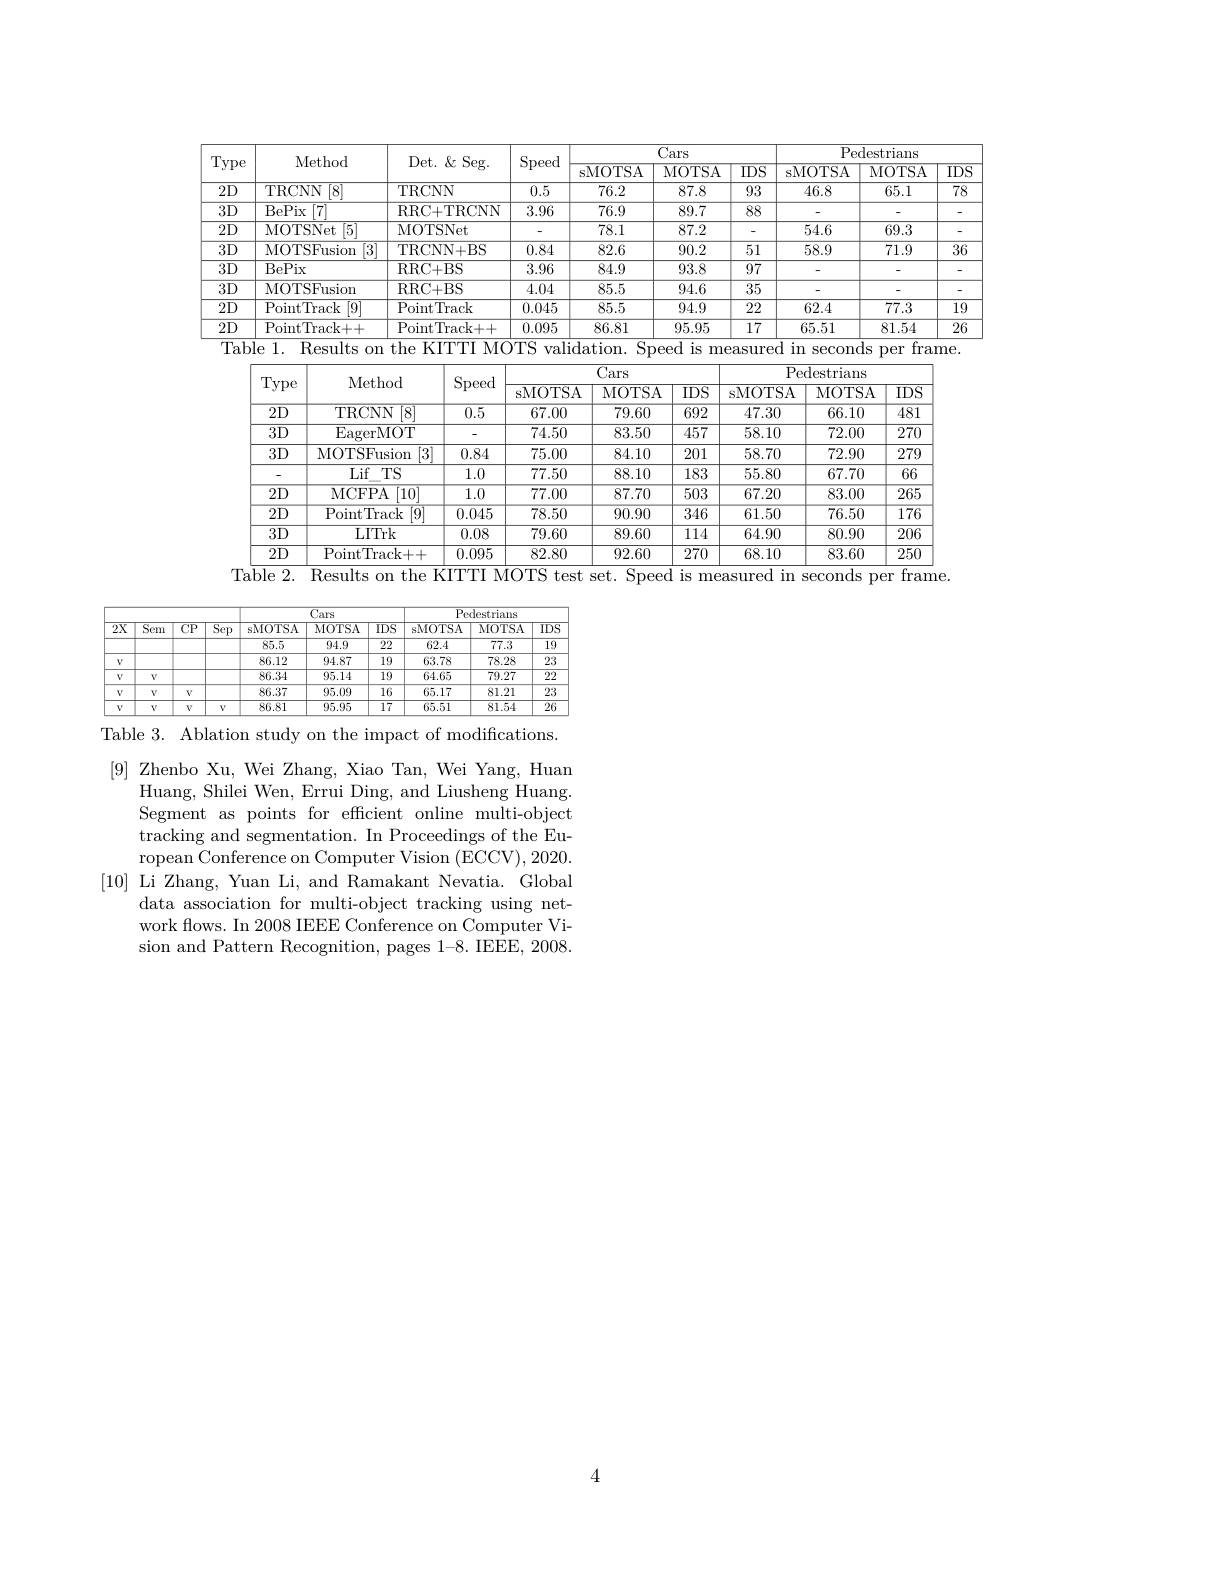
<table>
	<tbody>
		<tr>
			<th rowspan="2">Type</th>
			<th rowspan="2">Method</th>
			<th rowspan="2">Det. $\&$ Seg. </th>
			<th rowspan="2">$\operatorname{Speed}$</th>
			<th colspan="2">$\overline{\text{Cars}}$</th>
			<th> </th>
			<th colspan="3">Pedestrians</th>
		</tr>
		<tr>
			<th>sMOTSA</th>
			<th>MOTSA</th>
			<th>$\overline{IDS}$</th>
			<th>sMOTSA</th>
			<th>MOTSA</th>
			<th>$\overline{\Pi}$ 1</th>
		</tr>
		<tr>
			<td>$2D$</td>
			<td>$\Gamma$RCNN $\left\lceil8\right\rceil$</td>
			<td>$\{$CNN</td>
			<td>0.5</td>
			<td>76.2</td>
			<td>87.8</td>
			<td>93</td>
			<td>46.8</td>
			<td>65.1</td>
			<td> </td>
		</tr>
		<tr>
			<td>$3D$</td>
			<td>3ePix $\left\lceil7\right\rceil$</td>
			<td>RC+ TRCNN</td>
			<td>3.96</td>
			<td>76.9</td>
			<td>89.7</td>
			<td>88</td>
			<td> </td>
			<td> </td>
			<td> </td>
		</tr>
		<tr>
			<td>$2D$</td>
			<td>MOTSNet [5]</td>
			<td>OTSNet</td>
			<td> </td>
			<td>78.1</td>
			<td>87.2</td>
			<td> </td>
			<td>54.6</td>
			<td>69.3</td>
			<td> </td>
		</tr>
		<tr>
			<td>$3D$</td>
			<td>MOTSFusion $\overline{\left|3\right|}$</td>
			<td>RCNN+ BS</td>
			<td>0.84</td>
			<td>82.6</td>
			<td>90.2</td>
			<td>51</td>
			<td>58.9</td>
			<td>71.9</td>
			<td>r</td>
		</tr>
		<tr>
			<td>$3D$</td>
			<td>3ePix</td>
			<td>RC+ BS</td>
			<td>3.96</td>
			<td>84.9</td>
			<td>93.8</td>
			<td>97</td>
			<td> </td>
			<td> </td>
			<td> </td>
		</tr>
		<tr>
			<td>$3D$</td>
			<td>MOTSFusiom</td>
			<td>RC+ BS</td>
			<td>4.04</td>
			<td>85.5</td>
			<td>94.6</td>
			<td>35</td>
			<td> </td>
			<td> </td>
			<td> </td>
		</tr>
		<tr>
			<td>$2D$</td>
			<td>ointTrack</td>
			<td>intTrack</td>
			<td>0.045</td>
			<td>85.5</td>
			<td>94.9</td>
			<td>22</td>
			<td>62.4</td>
			<td>77.3</td>
			<td> </td>
		</tr>
		<tr>
			<td>$2D$</td>
			<td>ointTrack+ + </td>
			<td>$\operatorname{int}$Track++</td>
			<td>0.095</td>
			<td>86.81</td>
			<td>95.95</td>
			<td>17</td>
			<td>65.51</td>
			<td>81.54</td>
			<td> </td>
		</tr>
		<tr>
			<td>Tabl</td>
			<td>Results on 1.</td>
			<td>KITTI $M($ 11</td>
			<td>)TS valid</td>
			<td>lation. Sp</td>
			<td>ed is me</td>
			<td>$\operatorname{easured}$</td>
			<td>in $\operatorname{secon}$</td>
			<td>fra: per Y</td>
			<td>me</td>
		</tr>
		<tr>
			<td> </td>
			<td> </td>
			<td rowspan="2">Method Speed</td>
			<td> </td>
			<td colspan="2">$\overline{\mathrm{Cars}}$ $\overline{{\mathrm{Pedestrians}}}$</td>
			<td rowspan="1">Pedestrians</td>
			<td colspan="3">Pedestrians</td>
		</tr>
		<tr>
			<td> </td>
			<td>$\mathbf{ypt}$ LVIELI</td>
			<td>sMOTSA</td>
			<td>MOTSA</td>
			<td>$\overline{IDS}$</td>
			<td>sMOTS</td>
			<td>$A$ $MOTS$</td>
			<td>$A$ $IDS$</td>
			<td> </td>
		</tr>
		<tr>
			<td> </td>
			<td>2D TRCNN</td>
			<td>0.5</td>
			<td>67.00</td>
			<td>79.60</td>
			<td>692</td>
			<td>47.30</td>
			<td>66.1</td>
			<td>481</td>
			<td> </td>
		</tr>
		<tr>
			<td> </td>
			<td>3D EagerM</td>
			<td> </td>
			<td>74.50</td>
			<td>83.50</td>
			<td>457</td>
			<td>58.10</td>
			<td>72.0</td>
			<td>270</td>
			<td> </td>
		</tr>
		<tr>
			<td> </td>
			<td>3D MOTSFus</td>
			<td>$\overline{[3]}$ 0.84</td>
			<td>75.00</td>
			<td>84.10</td>
			<td>201</td>
			<td>58.70</td>
			<td>72.9</td>
			<td>279</td>
			<td> </td>
		</tr>
		<tr>
			<td> </td>
			<td>Lif T</td>
			<td>1.0</td>
			<td>77.50</td>
			<td>88.10</td>
			<td>183</td>
			<td>55.80</td>
			<td>67.7</td>
			<td>66</td>
			<td> </td>
		</tr>
		<tr>
			<td> </td>
			<td>2D MCFPA</td>
			<td>$\overline{1.0}$</td>
			<td>77.00</td>
			<td>87.70</td>
			<td>503</td>
			<td>67.20</td>
			<td>83.0</td>
			<td>265</td>
			<td> </td>
		</tr>
		<tr>
			<td> </td>
			<td>2D PointTra</td>
			<td>0.045</td>
			<td>78.50</td>
			<td>90.90</td>
			<td>346</td>
			<td>61.50</td>
			<td>76.5</td>
			<td>176</td>
			<td> </td>
		</tr>
		<tr>
			<td> </td>
			<td>3D LITr</td>
			<td>0.08</td>
			<td>79.60</td>
			<td>89.60</td>
			<td>114</td>
			<td>64.90</td>
			<td>80.9</td>
			<td>206</td>
			<td> </td>
		</tr>
		<tr>
			<td> </td>
			<td>2D PointTra</td>
			<td>0.095 +</td>
			<td>82.80</td>
			<td>92.60</td>
			<td>$\overline{270}$</td>
			<td>68.10</td>
			<td>83.6</td>
			<td>250</td>
			<td> </td>
		</tr>
		<tr>
			<td>Tal</td>
			<td>2. Results $P$ 01</td>
			<td>KITTI $N$ le</td>
			<td>$OTS$ tes</td>
			<td>$Spe\epsilon$ set T </td>
			<td>$d$ $is$ mea</td>
			<td>sured 1</td>
			<td>seconds n</td>
			<td>fram per</td>
			<td>le $\bullet$</td>
		</tr>
	</tbody>
</table>

<table>
	<tbody>
		<tr>
			<th rowspan="2">$\overline{2X}$</th>
			<th rowspan="2">$\overline{\mathrm{Sem}}$</th>
			<th rowspan="2">$\overline{CP}$</th>
			<th rowspan="2">$\overline{\mathrm{Sep}}$</th>
			<th colspan="3">$\overline{\text{Cars}}$</th>
			<th colspan="3">Pedestrians</th>
		</tr>
		<tr>
			<th>sMOTSA</th>
			<th>MOTSA</th>
			<th>$IDS$</th>
			<th>sMOTSA</th>
			<th>MOTSA</th>
			<th>$IDS$</th>
		</tr>
		<tr>
			<td> </td>
			<td> </td>
			<td> </td>
			<td> </td>
			<td>85.5</td>
			<td>94.9</td>
			<td>22</td>
			<td>62.4</td>
			<td>77.3</td>
			<td>19</td>
		</tr>
		<tr>
			<td>$V$</td>
			<td> </td>
			<td> </td>
			<td> </td>
			<td>86.12</td>
			<td>94.87</td>
			<td>19</td>
			<td>63.78</td>
			<td>78.28</td>
			<td>23</td>
		</tr>
		<tr>
			<td>$V$</td>
			<td>$V$</td>
			<td> </td>
			<td> </td>
			<td>86.34</td>
			<td>95.14</td>
			<td>19</td>
			<td>64.65</td>
			<td>79.27</td>
			<td>22</td>
		</tr>
		<tr>
			<td>$V$</td>
			<td>$V$</td>
			<td>$V$</td>
			<td> </td>
			<td>86.37</td>
			<td>95.09</td>
			<td>16</td>
			<td>65.17</td>
			<td>81.21</td>
			<td>23</td>
		</tr>
		<tr>
			<td>$V$</td>
			<td>$V$</td>
			<td>$V$</td>
			<td>$V$</td>
			<td>86.81</td>
			<td>95.95</td>
			<td>$\overline{17}$</td>
			<td>65.51</td>
			<td>81.54</td>
			<td>26</td>
		</tr>
	</tbody>
</table>
Table 3. Ablation study on the impact of modifications.

[9] Zhenbo Xu, Wei Zhang, Xiao Tan, Wei Yang, Huan
Huang, Shilei Wen, Errui Ding, and Liusheng Huang. Segment as points for efficient online multi-object tracking and segmentation. In Proceedings of the European Conference on Computer Vision (ECCV), 2020.
[10] Li Zhang, Yuan Li, and Ramakant Nevatia. Global
data association for multi-object tracking using network flows. In 2008 IEEE Conference on Computer Vision and Pattern Recognition, pages 1-8. IEEE, 2008.